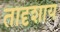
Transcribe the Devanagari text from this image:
तादृशाय